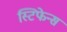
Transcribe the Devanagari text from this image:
स्टिफेन्स